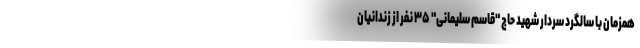
همزمان با سالگرد سردار شهید حاج "قاسم سلیمانی" ۳۵ نفر از زندانیان